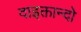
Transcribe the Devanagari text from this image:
दाइक्तान्दो